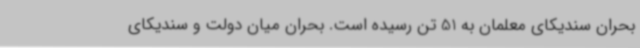
بحران سندیکای معلمان به 51 تن رسیده است. بحران میان دولت و سندیکای